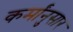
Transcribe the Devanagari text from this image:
कर्मांनुसार